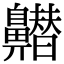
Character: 𪖽